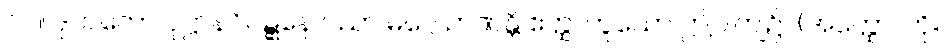
၁၁။ ဒုဘတော ဝုဋ္ဌာနဝိဝဋ္ဋနေ ပညာ မဂ္ဂေ ဉာဏန္တိ ဧတ္ထ၊ ဟူသော ဤဝါကျ၌။ (အတ္ထော၊ ကို။